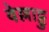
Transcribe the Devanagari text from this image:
वेल्लाट्टु